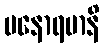
မနောရမာနိ